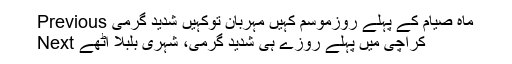
Previous ماہ صیام کے پہلے روزموسم کہیں مہربان توکہیں شدید گرمی
Next کراچی میں پہلے روزے ہی شدید گرمی، شہری بلبلا اٹھے